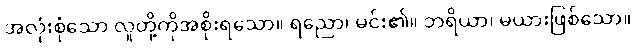
အလုံးစုံသော လူတို့ကိုအစိုးရသော။ ရညော၊ မင်း၏။ ဘရိယာ၊ မယားဖြစ်သော။